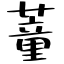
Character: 蕫